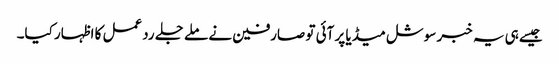
جیسےہی یہ خبر سوشل میڈیا پر آئی تو صارفین نے ملے جلے ردعمل کا اظہار کیا۔